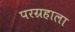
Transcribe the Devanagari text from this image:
परग्रहाला